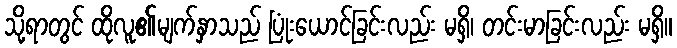
သို့ရာတွင် ထိုလူ၏မျက်နှာသည် ပြုံးယောင်ခြင်းလည်း မရှိ၊ တင်းမာခြင်းလည်း မရှိ။